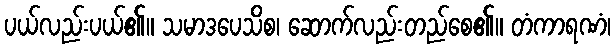
ပယ်လည်းပယ်၏။ သမာဒပေသိစ၊ ဆောက်လည်းတည်စေ၏။ တံကာရဏံ၊